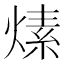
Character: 𤍊